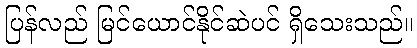
ပြန်လည် မြင်ယောင်နိုင်ဆဲပင် ရှိသေးသည်။